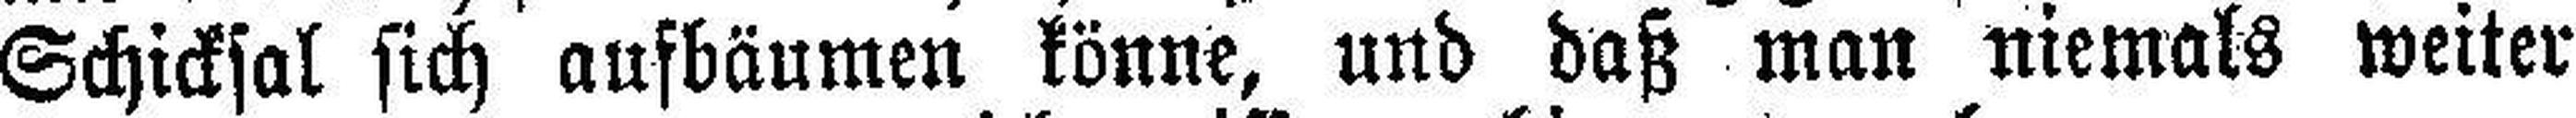
Schicksal sich aufbäumen könne, und daß man niemals weiter